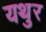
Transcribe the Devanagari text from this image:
यथुर